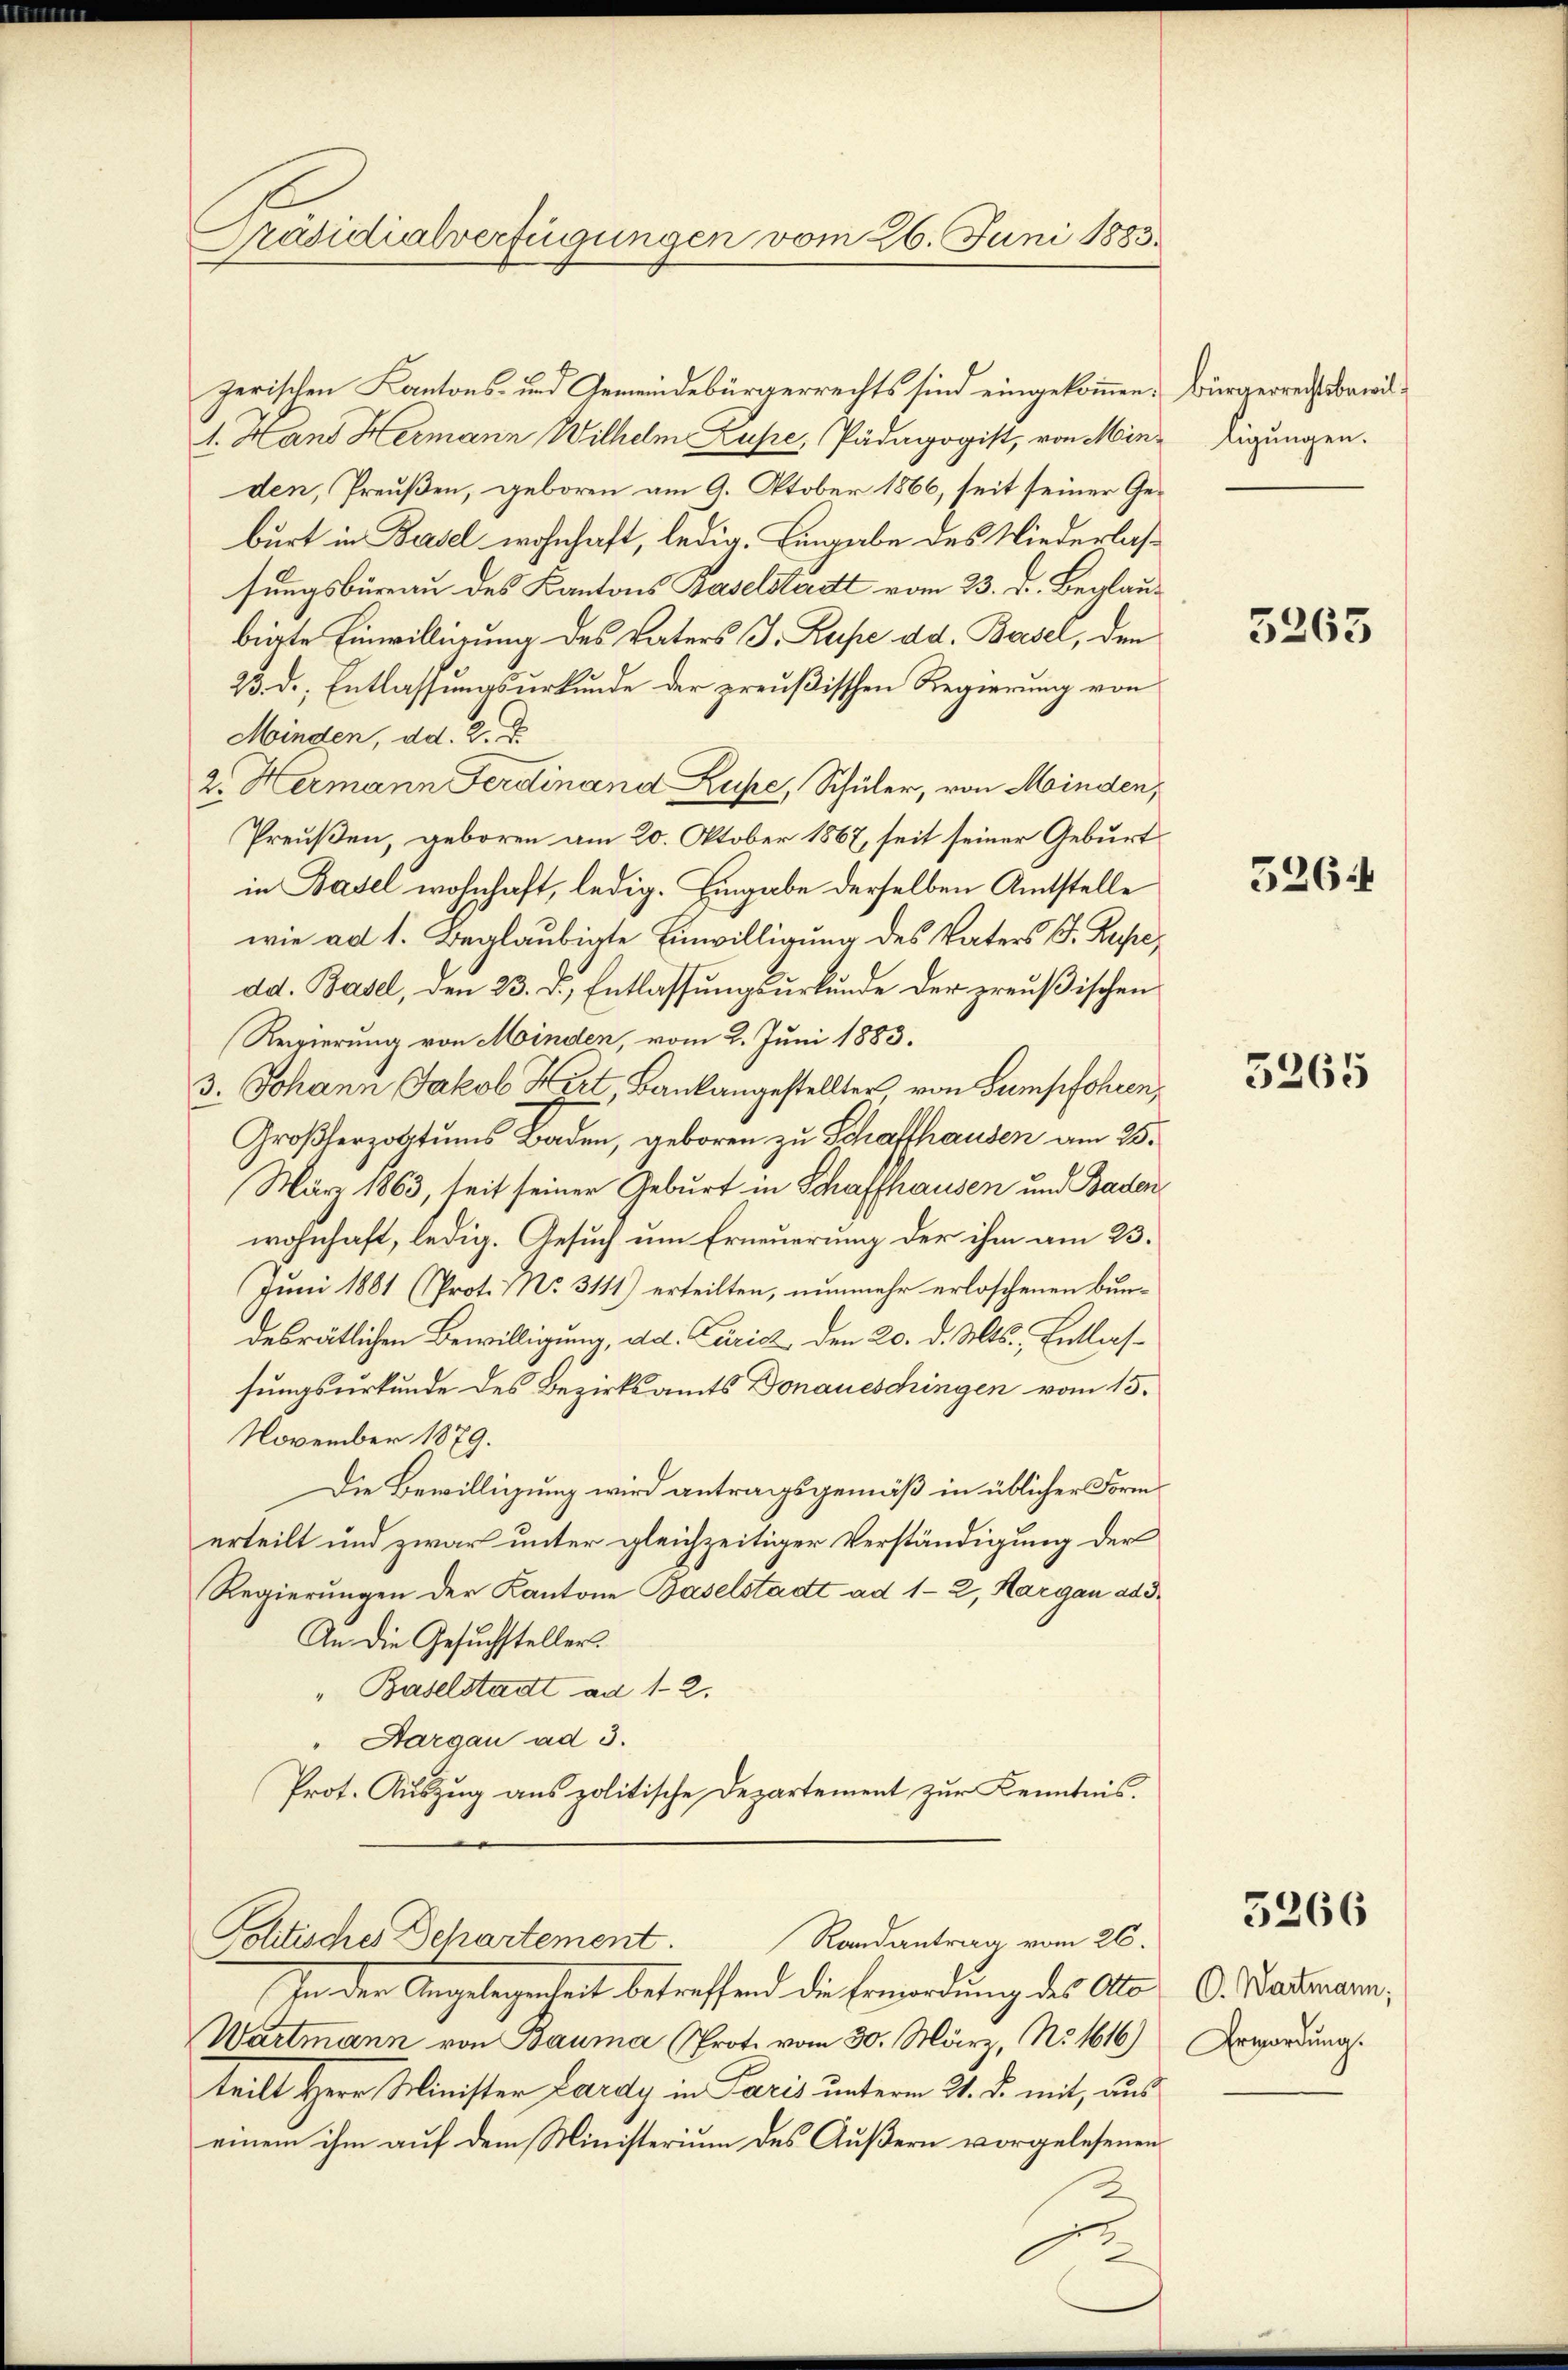
Präsidialverfügungen vom 26. Juni 1883.

zerischen Kantons- und Gemeindebürgerrechts sind eingekommen. Bürgerrechtsbewil¬
1. Hand Hermann Wilhelm Lupe, Pädagogist, von Minden, Preußen, geboren am 9. Oktober 1866, seit seiner Geburt in Basel wohnhaft, ledig. Eingabe des Niederlassungsbureau des Kantons Baselstadt vom 23. d. Beglaubigte Einwilligung des Vaters J. Rupe dd. Basel, den
23. d. Entlassungsurkunde der preußischen Regierung von
Minden, dd. 2.
2. Hermann Ferdinand Ruhe, Schüler, von Minden,
Preußen, geboren am 20. Oktober 1867, seit seiner Geburt
in Basel wohnhaft, ledig. Eingabe derselben Amtstelle
wie ad 1. Beglaubigte Einwilligung des Vaters J. Rupe,
dd. Basel, den 23. d. Entlassungsurkunde der preußischen
Regierung von Minden, vom 2. Juni 1883.
3. Johann Jakob Hirt, Bankangestellter von Sumpfohren,
Großherzobitums Baden, geboren zu Schaffhausen am 25.
März 1863, seit seiner Geburt in Schaffhausen und Bade
wohnhaft, ledig. Gesuch um Erneuerung der ihm am 23.
Juni 1881 (Prot. No. 3111) erteilten, nunmehr erloschenen Bundesrätlichen Bewilligung, dd. Zürich, den 20. d. Mts. Entlassungsurkunde des Bezirksamts Donaueschingen vom 15.
November 1879.
Die Bewilligung wird antragsgemäß in üblicher Form
erteilt und zwar unter gleichzeitiger Verständigung der
Regierungen der Kantone Baselstadt ad 1-2, Hargau ad 3.
An die Gesuchsteller.
" Baselstadt ad 12.
Aargau ad 3.
Prot. Auszug aus politische Departement zur Kenntnis.

Randantrag vom 26.
Politisches Departement.

In der Angelegenheit betreffend die Ermordung des Alt
Wartmann von Bauma (Prot. vom 30. März, No. 1616)
teilt Herr Minister Lardy in Paris unterm 21. d. mit, aus
einem ihm auf dem Ministerium des Äußern vorgelesenen
1

ligungen.

3265

526

5265

3266

C. Wartmann,
Erwordung.